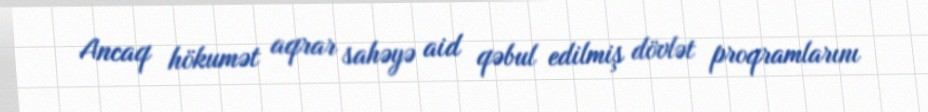
Ancaq hökumət aqrar sahəyə aid qəbul edilmiş dövlət proqramlarını